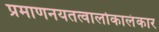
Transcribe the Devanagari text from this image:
प्रमाणनयतत्वालोकालंकार